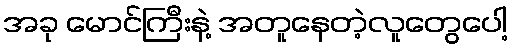
အခု မောင်ကြီးနဲ့ အတူနေတဲ့လူတွေပေါ့